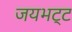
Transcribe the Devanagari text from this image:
जयभट्ट